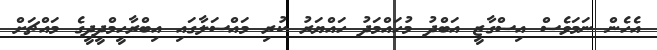
އެހެން ނަމަވެސް އިސްގާޒީ އަބްދު މުހައްމަދު ހައްޔަރު ކުރި މައްސަލާގައި އިބްރާހީމްދީދީގެ މައްޗަށް